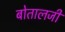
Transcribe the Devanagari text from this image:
बोतालजी